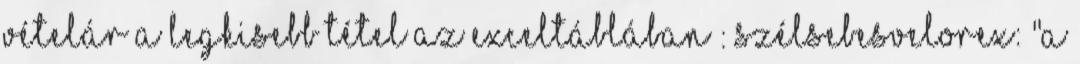
vételár a legkisebb tétel az exceltáblában : SzélsebesVelorex: "A